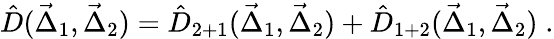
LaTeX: \hat{D}(\vec{\Delta}_{1},\vec{\Delta}_{2})=\hat{D}_{2+1}(\vec{\Delta}_{1},\vec{\Delta}_{2})+\hat{D}_{1+2}(\vec{\Delta}_{1},\vec{\Delta}_{2})\; .